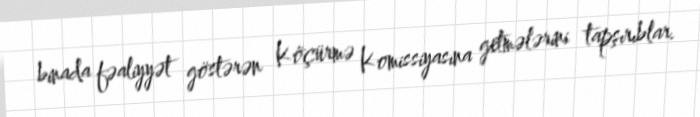
binada fəaliyyət göstərən Köçürmə Komissiyasına getmələrini tapşırıblar.